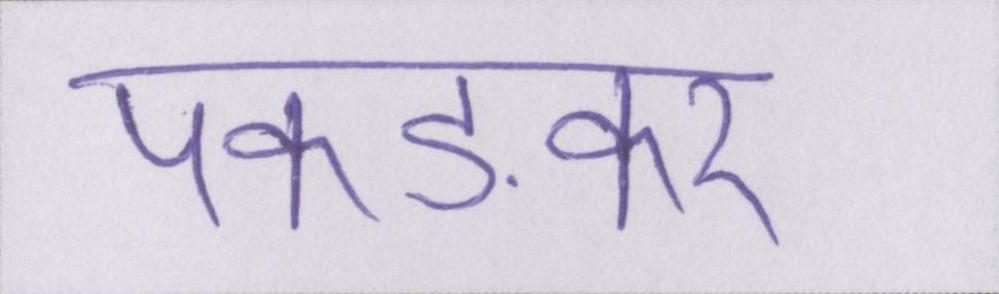
पकङकर